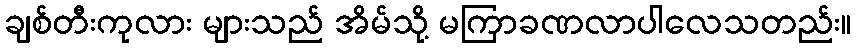
ချစ်တီးကုလား များသည် အိမ်သို့ မကြာခဏလာပါလေသတည်း။